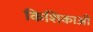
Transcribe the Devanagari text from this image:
किशिकाओं